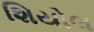
શિયોલ